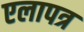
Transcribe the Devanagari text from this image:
एलापत्र